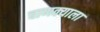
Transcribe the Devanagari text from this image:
चाणक्याला